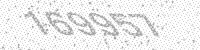
Solution: 169957